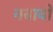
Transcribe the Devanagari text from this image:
नबावों